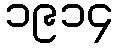
၁၉၁၄